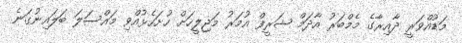
މަޑުއްވަރީ ދާއިރާގެ މެމްބަރު އާދަމް ޝަރީފް އުމަރު މަޖިލީހަށް ހުށަހެޅުއްވި މައްސަލަ ބަލައިނުގަނެ